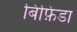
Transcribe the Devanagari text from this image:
बिफ़िडा